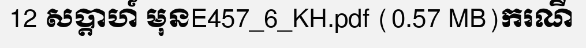
12 សប្តាហ៍ មុនE457_6_KH.pdf (0.57 MB)ករណី